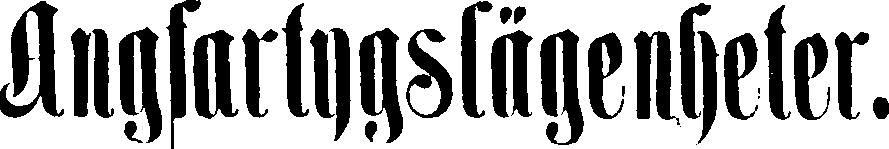
Angfartygslägenheter.